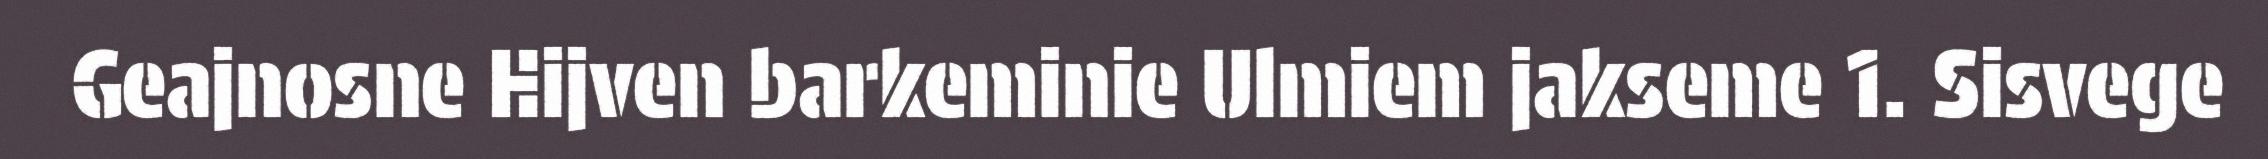
Geajnosne Hijven barkeminie Ulmiem jakseme 1. Sisvege